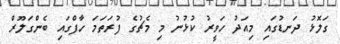
ގަލޮޅު ދަނޑުގައި މިއަދު ހަވީރު ކުޅުނު މި މެޗުގެ ފުރަތަމަ ހާފްގައި ބެންގަލޫރް